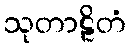
သုတာဠိတံ